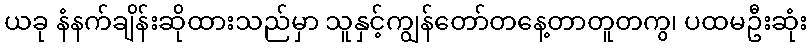
ယခု နံနက်ချိန်းဆိုထားသည်မှာ သူနှင့်ကျွန်တော်တနေ့တာတူတကွ၊ ပထမဦးဆုံး